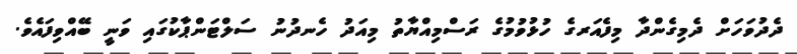
ދެދުވަހަށް ދެމިގެންދާ މިފެއަރގެ ހުޅުވުމުގެ ރަސްމިއްޔާތު މިއަދު ހެނދުނު ސަލްޓަންޕާކުގައި ވަނީ ބޭއްވިފައެވެ.